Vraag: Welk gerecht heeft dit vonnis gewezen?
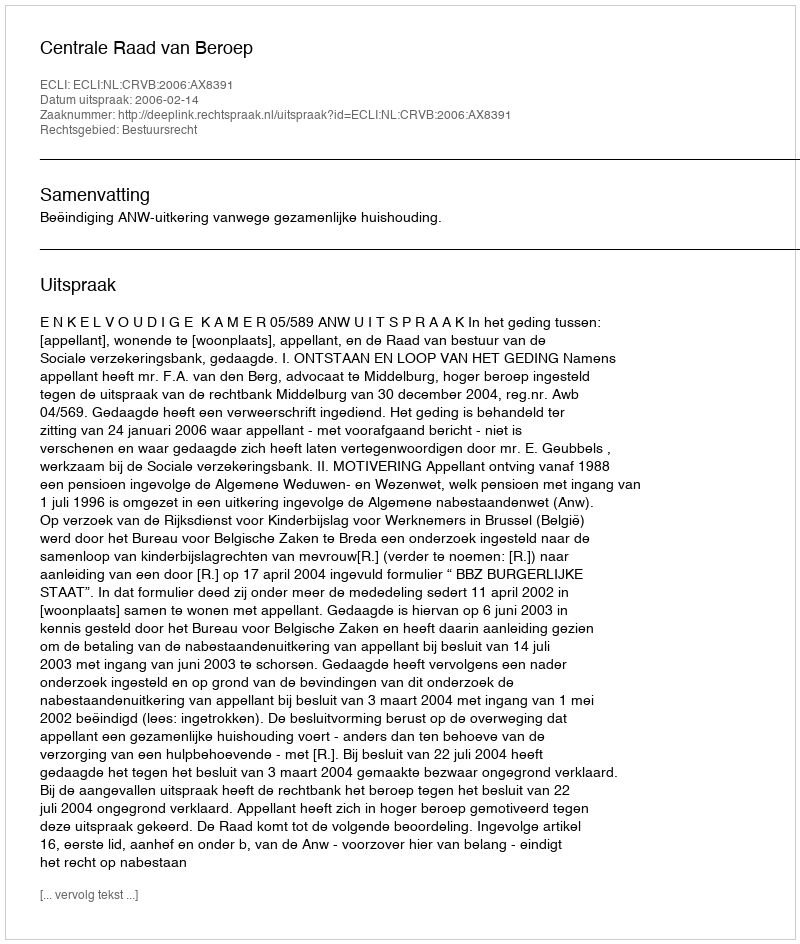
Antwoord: Centrale Raad van Beroep